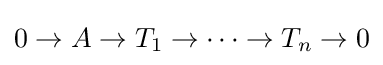
0\to A\to T_{1}\to \dots \to T_{n}\to 0